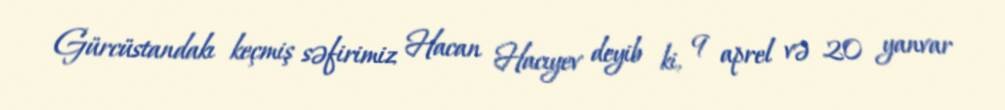
Gürcüstandakı keçmiş səfirimiz Hacan Hacıyev deyib ki, 9 aprel və 20 yanvar